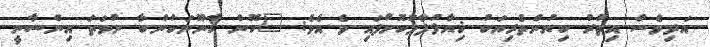
އަދިވެސް އިތުރު ކިޔުންތެރިޔަކު ޚިޔާލުފާޅުކޮށްފައި ވެ އެވެ: "ކޮން ޤާނޫނަކުންބާ ނުވަތަ އިންސާނީ